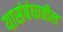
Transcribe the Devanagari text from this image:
यासंबंधातील